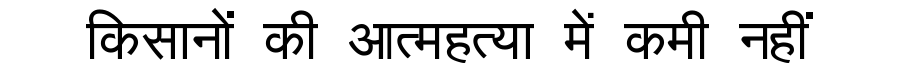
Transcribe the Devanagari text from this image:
किसानों की आत्महत्या में कमी नहीं